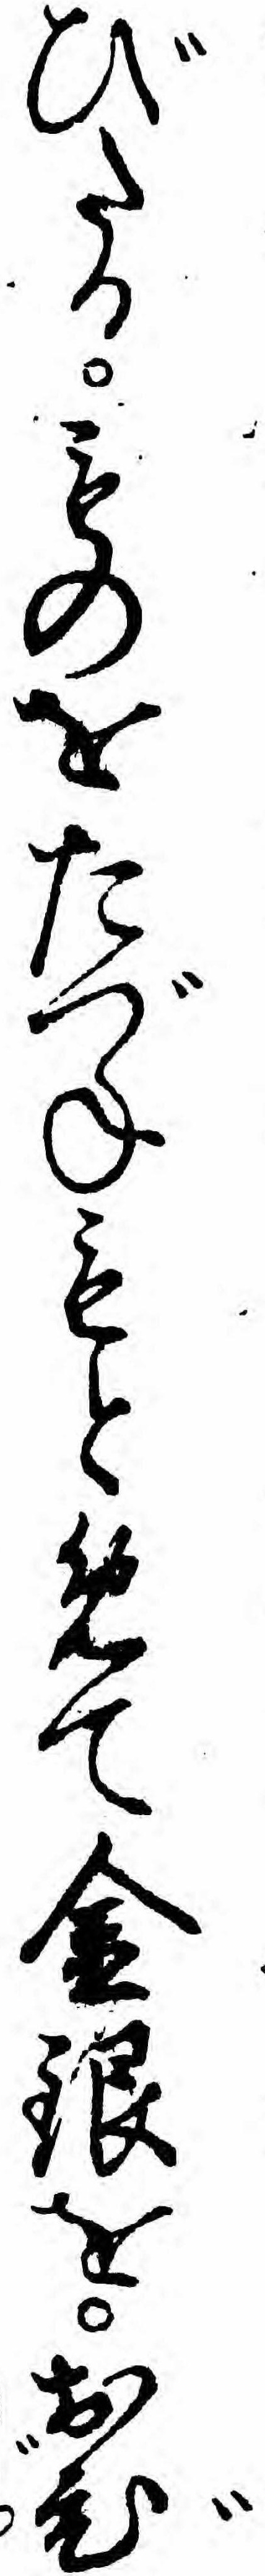
びたるものをたづねもとめて金銀をおび